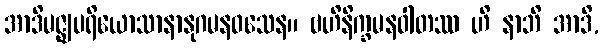
အာဒိမဇ္ဈပရိယောသာနာနုဂမနဝသေန။ ဗဟိနိက္ခမနဝါတဿ ဟိ နာဘိ အာဒိ,